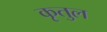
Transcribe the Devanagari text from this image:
कृतुल